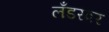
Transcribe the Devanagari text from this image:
लँडरवर